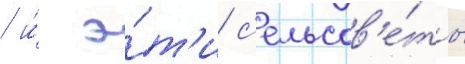
/ и́ э́т'и с'ельсов'е́ты